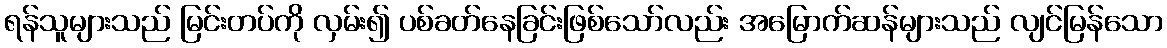
ရန်သူများသည် မြင်းတပ်ကို လှမ်း၍ ပစ်ခတ်နေခြင်းဖြစ်သော်လည်း အမြောက်ဆန်များသည် လျင်မြန်သော